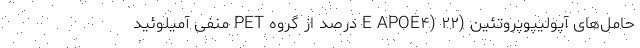
حامل‌های آپولیپوپروتئین (E APOE۴) ۲۲ درصد از گروه PET منفی آمیلوئید